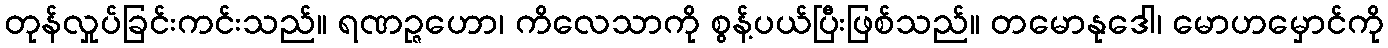
တုန်လှုပ်ခြင်းကင်းသည်။ ရဏဉ္ဇဟော၊ ကိလေသာကို စွန့်ပယ်ပြီးဖြစ်သည်။ တမောနုဒေါ၊ မောဟမှောင်ကို